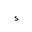
Letter: _hamza